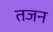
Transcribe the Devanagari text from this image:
तजन